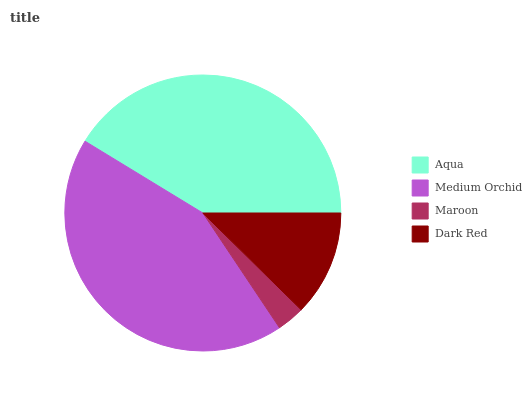
| Aqua | Medium Orchid | Maroon | Dark Red |
 | --- | --- | --- | --- |
 | 41.2% | 43.1% | 3.25% | 12.4% |